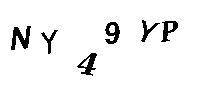
NY49YP